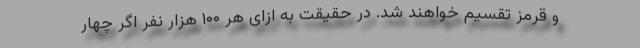
و قرمز تقسیم خواهند شد. در حقیقت به ازای هر ۱۰۰ هزار نفر اگر چهار